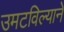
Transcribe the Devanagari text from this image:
उमटविल्याने